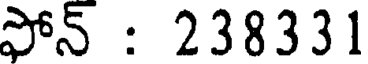
ఫోన్ : 238331